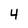
Character: 4